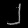
Digit: ၂